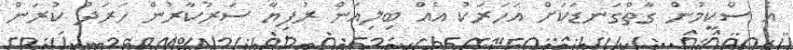
އެ ސްކީމުން ގާތްގަނޑަކަށް އަހަރަކު އެއް ބިލިއަން ރުފިޔާ ސަރުކާރުން ހަރަދު ކުރަން